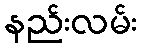
နည်းလမ်း